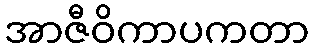
အာဇီဝိကာပကတာ